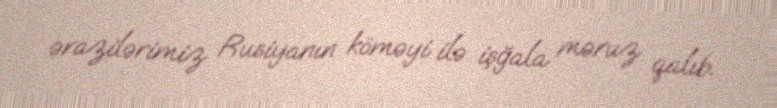
ərazilərimiz Rusiyanın köməyi ilə işğala məruz qalıb.